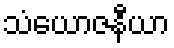
သံယောဇနီယာ